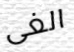
الغى